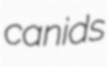
canids